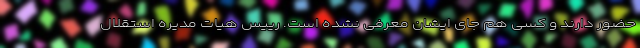
حضور دارند و کسی هم جای ایشان معرفی نشده است. رییس هیات مدیره استقلال